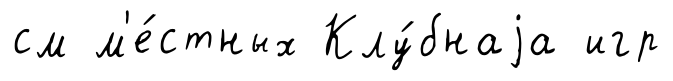
см м'е́стных Клу́бнаjа игр